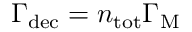
\Gamma _ { \mathrm { d e c } } = n _ { \mathrm { t o t } } \Gamma _ { \mathrm { M } }